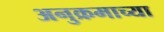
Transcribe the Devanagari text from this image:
अनुक्रमाच्या